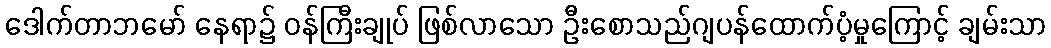
ဒေါက်တာဘမော် နေရာ၌ ဝန်ကြီးချုပ် ဖြစ်လာသော ဦးစောသည်ဂျပန်ထောက်ပံ့မှုကြောင့် ချမ်းသာ